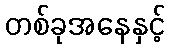
တစ်ခုအနေနှင့်